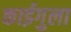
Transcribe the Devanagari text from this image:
काईगुला